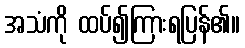
အသံကို ထပ်၍ကြားရပြန်၏။